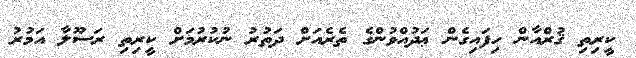
ކީރިތި ޤުރްއާން ހިފައިގެން ޢަދުއްވުންގެ ތެރެއަށް ދަތުރު ނުކުރުމަށް ކީރިތި ރަސޫލާ އަމުރު